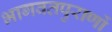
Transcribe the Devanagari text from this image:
भागवतपुराणों